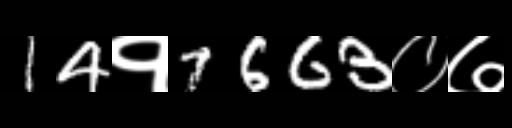
Text: 14१7663०७